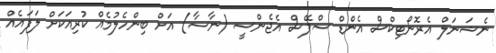
ނެޝަނަލް އެރޮނޯޓިކްސް އެންޑް ސްޕޭސް އެޖެންސީ (ނާސާ) އަށް ބިންހެލުމެއް ކުރިއަކަށް ލަފައެއް